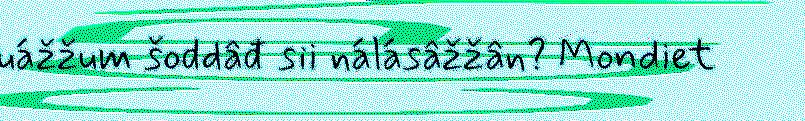
uážžum šoddâđ sii nálásâžžân? Mondiet